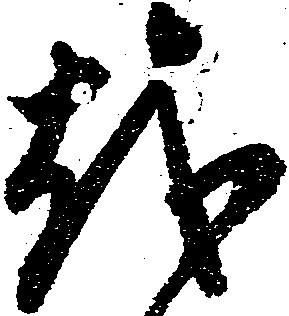
越